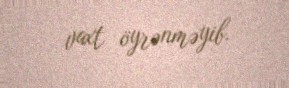
vaxt öyrənməyib.